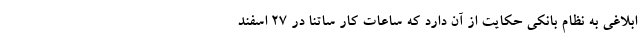
ابلاغی به نظام بانکی حکایت از آن دارد که ساعات کار ساتنا در ۲۷ اسفند